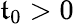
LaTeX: \mathfrak{t}_{\mathrm{{0}}}>0